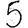
Digit: 5